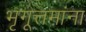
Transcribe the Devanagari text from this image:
भृगूत्तमांना